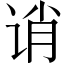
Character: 诮